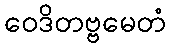
ဝေဒိတဗ္ဗမေတံ